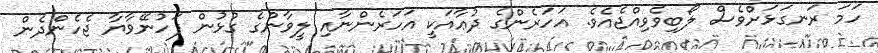
ހަމަ ރަނގަޅަށްވެސް ލޯބިވެވިއްޖެއެވެ. އަހަރެންގެ ދުޢާއަކީ އަހަރެންނާއި ލީވާންގެ ގުޅުން ފަހުނޭވާޔާ ޖެހެންދެން